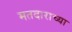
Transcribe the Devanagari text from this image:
मतदाराच्या